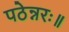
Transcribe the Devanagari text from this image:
पठेन्नरः॥